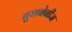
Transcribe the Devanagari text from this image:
बुशबेबीज